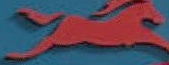
you